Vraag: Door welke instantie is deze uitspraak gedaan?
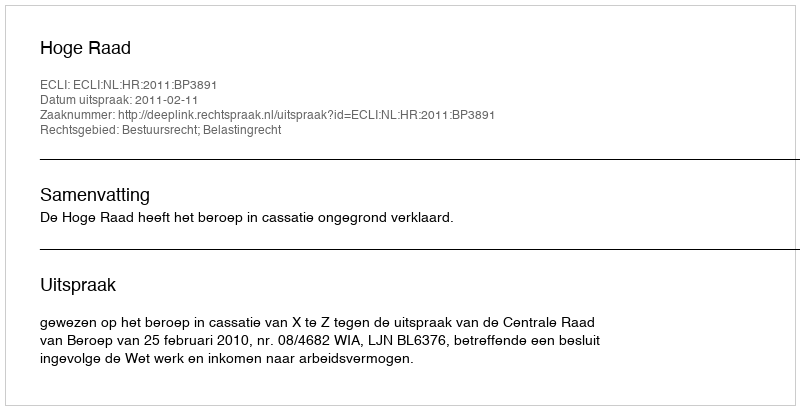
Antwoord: Hoge Raad